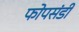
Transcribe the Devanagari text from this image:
फोपसंडी